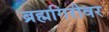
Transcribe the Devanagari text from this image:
ब्रह्मगिरीवर